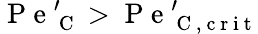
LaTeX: \mathrm{~P~e~}_{\mathrm{~C~}}^{\prime}>\mathrm{~P~e~}_{\mathrm{~C~,~c~r~i~t~}}^{\prime}